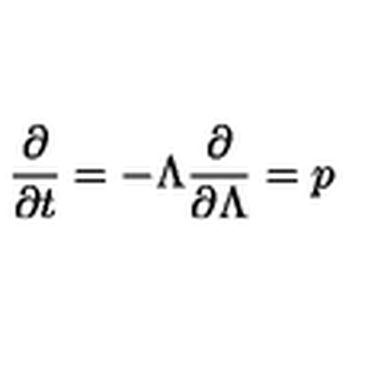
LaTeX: \frac { \partial } { \partial t } = - \Lambda \frac { \partial } { \partial \Lambda } = p